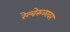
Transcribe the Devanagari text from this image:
रेल्वेरुळावर